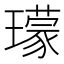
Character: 𤪑